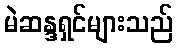
မဲဆန္ဒရှင်များသည်